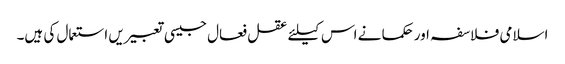
اسلامی فلاسفہ اور حکما نے اس کیلئے عقل فعال جیسی تعبیریں استعمال کی ہیں۔